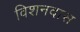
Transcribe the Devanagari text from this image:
विशनदास